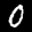
Label: 0